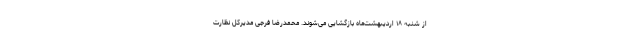
از شنبه ۱۸ اردیبهشت‌ماه بازگشایی می‌شوند. محمدرضا فرجی مدیرکل نظارت